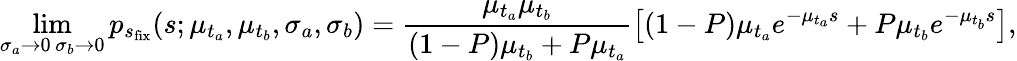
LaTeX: \operatorname*{lim}_{\substack{\sigma_{a}\rightarrow 0\, \sigma_{b}\rightarrow 0}}p_{s_{\mathrm{fix}}}(s;\mu_{t_{a}},\mu_{t_{b}},\sigma_{a},\sigma_{b})=\frac{\mu_{t_{a}}\mu_{t_{b}}}{(1-P)\mu_{t_{b}}+P\mu_{t_{a}}}\left[(1-P)\mu_{t_{a}}e^{-\mu_{t_{a}}s}+P\mu_{t_{b}}e^{-\mu_{t_{b}}s}\right],